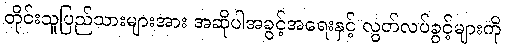
တိုင်းသူပြည်သားများအား အဆိုပါအခွင့်အရေးနှင့် လွတ်လပ်ခွင့်များကို